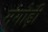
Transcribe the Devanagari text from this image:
मंगोड़ी